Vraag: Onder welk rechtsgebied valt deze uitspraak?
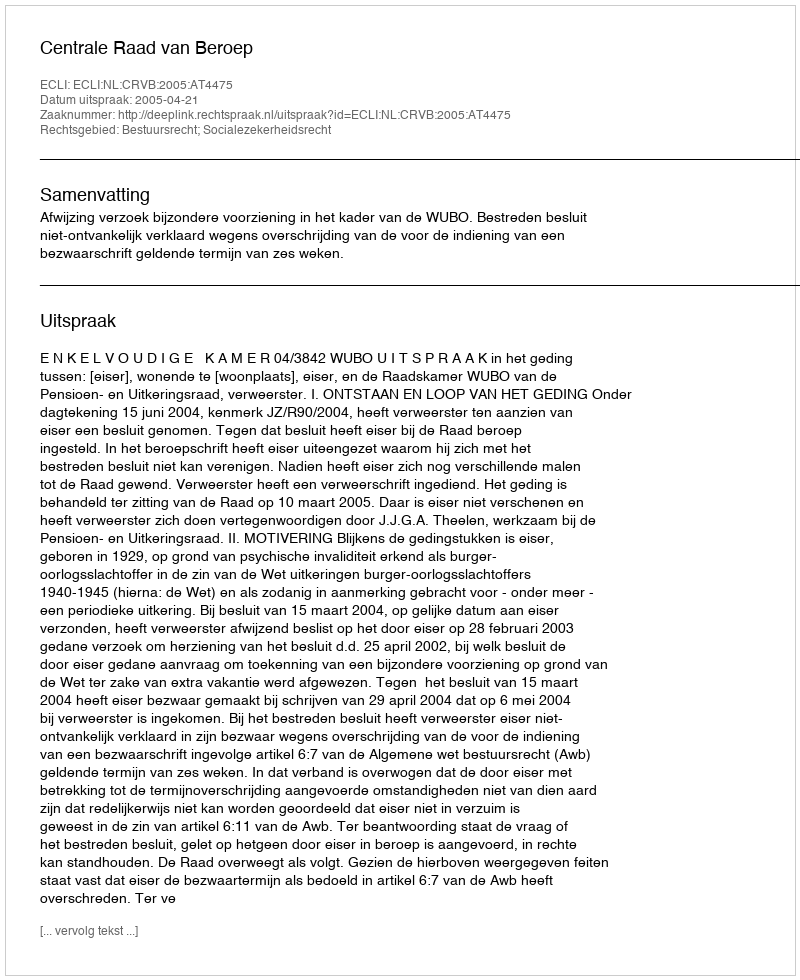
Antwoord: Bestuursrecht; Socialezekerheidsrecht